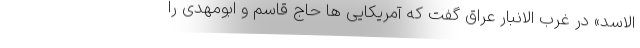
الاسد» در غرب الانبار عراق گفت که آمریکایی ها حاج قاسم و ابومهدی را